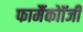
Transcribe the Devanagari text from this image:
फार्मैकोॉजी